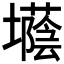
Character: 𡓅